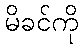
မိခင်ကို